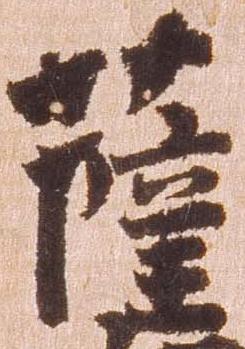
薩